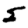
Digit: 5